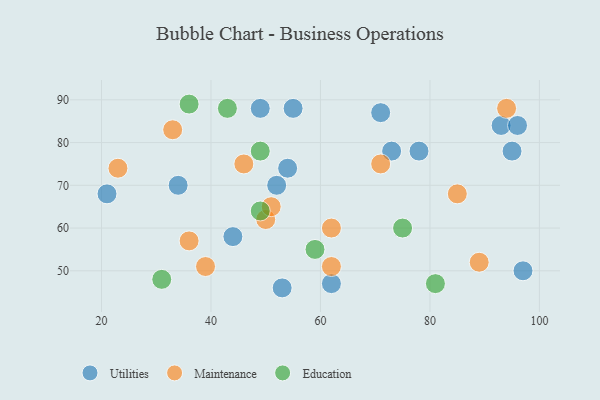
{"axis": {"x": "GDP", "y": "Life Expectancy"}, "legend": ["Education", "Maintenance", "Utilities"], "data": [{"x": "78", "y": 78, "type": "Utilities"}, {"x": "71", "y": 87, "type": "Utilities"}, {"x": "95", "y": 78, "type": "Utilities"}, {"x": "97", "y": 50, "type": "Utilities"}, {"x": "21", "y": 68, "type": "Utilities"}, {"x": "62", "y": 47, "type": "Utilities"}, {"x": "49", "y": 88, "type": "Utilities"}, {"x": "93", "y": 84, "type": "Utilities"}, {"x": "96", "y": 84, "type": "Utilities"}, {"x": "44", "y": 58, "type": "Utilities"}, {"x": "53", "y": 46, "type": "Utilities"}, {"x": "52", "y": 70, "type": "Utilities"}, {"x": "73", "y": 78, "type": "Utilities"}, {"x": "54", "y": 74, "type": "Utilities"}, {"x": "34", "y": 70, "type": "Utilities"}, {"x": "55", "y": 88, "type": "Utilities"}, {"x": "39", "y": 51, "type": "Maintenance"}, {"x": "50", "y": 62, "type": "Maintenance"}, {"x": "85", "y": 68, "type": "Maintenance"}, {"x": "23", "y": 74, "type": "Maintenance"}, {"x": "36", "y": 57, "type": "Maintenance"}, {"x": "89", "y": 52, "type": "Maintenance"}, {"x": "62", "y": 51, "type": "Maintenance"}, {"x": "51", "y": 65, "type": "Maintenance"}, {"x": "33", "y": 83, "type": "Maintenance"}, {"x": "46", "y": 75, "type": "Maintenance"}, {"x": "71", "y": 75, "type": "Maintenance"}, {"x": "94", "y": 88, "type": "Maintenance"}, {"x": "62", "y": 60, "type": "Maintenance"}, {"x": "43", "y": 88, "type": "Education"}, {"x": "36", "y": 89, "type": "Education"}, {"x": "31", "y": 48, "type": "Education"}, {"x": "49", "y": 78, "type": "Education"}, {"x": "59", "y": 55, "type": "Education"}, {"x": "75", "y": 60, "type": "Education"}, {"x": "81", "y": 47, "type": "Education"}, {"x": "49", "y": 64, "type": "Education"}]}